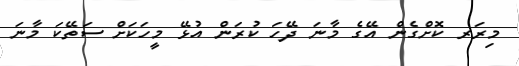
މިރަރ ކޮށްގެން އޭގެ މާނަ ދޭހަ ކުރަން އުޅޭ މީހަކަށް ސަތޭކަ މާނަ